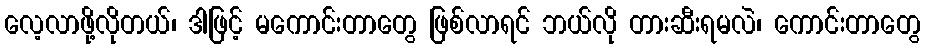
လေ့လာဖို့လိုတယ်၊ ဒါဖြင့် မကောင်းတာတွေ ဖြစ်လာရင် ဘယ်လို တားဆီးရမလဲ၊ ကောင်းတာတွေ